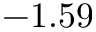
- 1 . 5 9